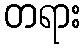
တရား